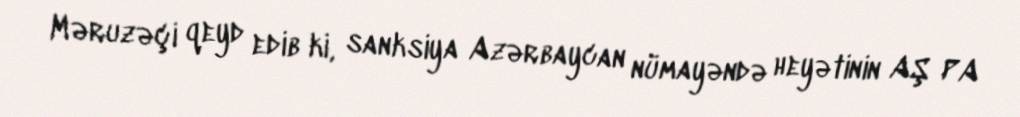
Məruzəçi qeyd edib ki, sanksiya Azərbaycan nümayəndə heyətinin AŞ PA